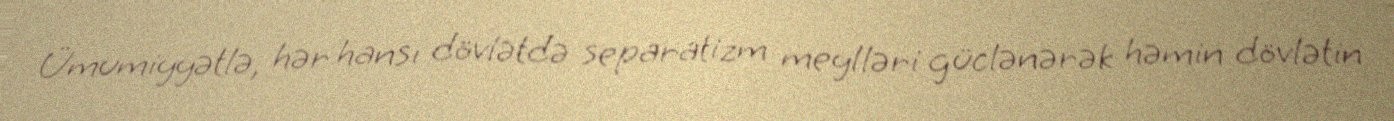
Ümumiyyətlə, hər hansı dövlətdə separatizm meylləri güclənərək həmin dövlətin